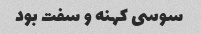
سوسی کهنه و سفت بود